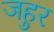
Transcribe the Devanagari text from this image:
जहुर